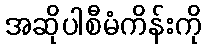
အဆိုပါစီမံကိန်းကို